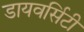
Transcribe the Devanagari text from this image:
डायवर्सिटी